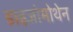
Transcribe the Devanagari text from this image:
डाइजोमोथेन